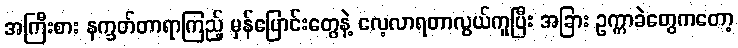
အကြီးစား နက္ခတ်တာရာကြည့် မှန်ပြောင်းတွေနဲ့ လေ့လာရတာလွယ်ကူပြီး အခြား ဥက္ကာခဲတွေကတော့